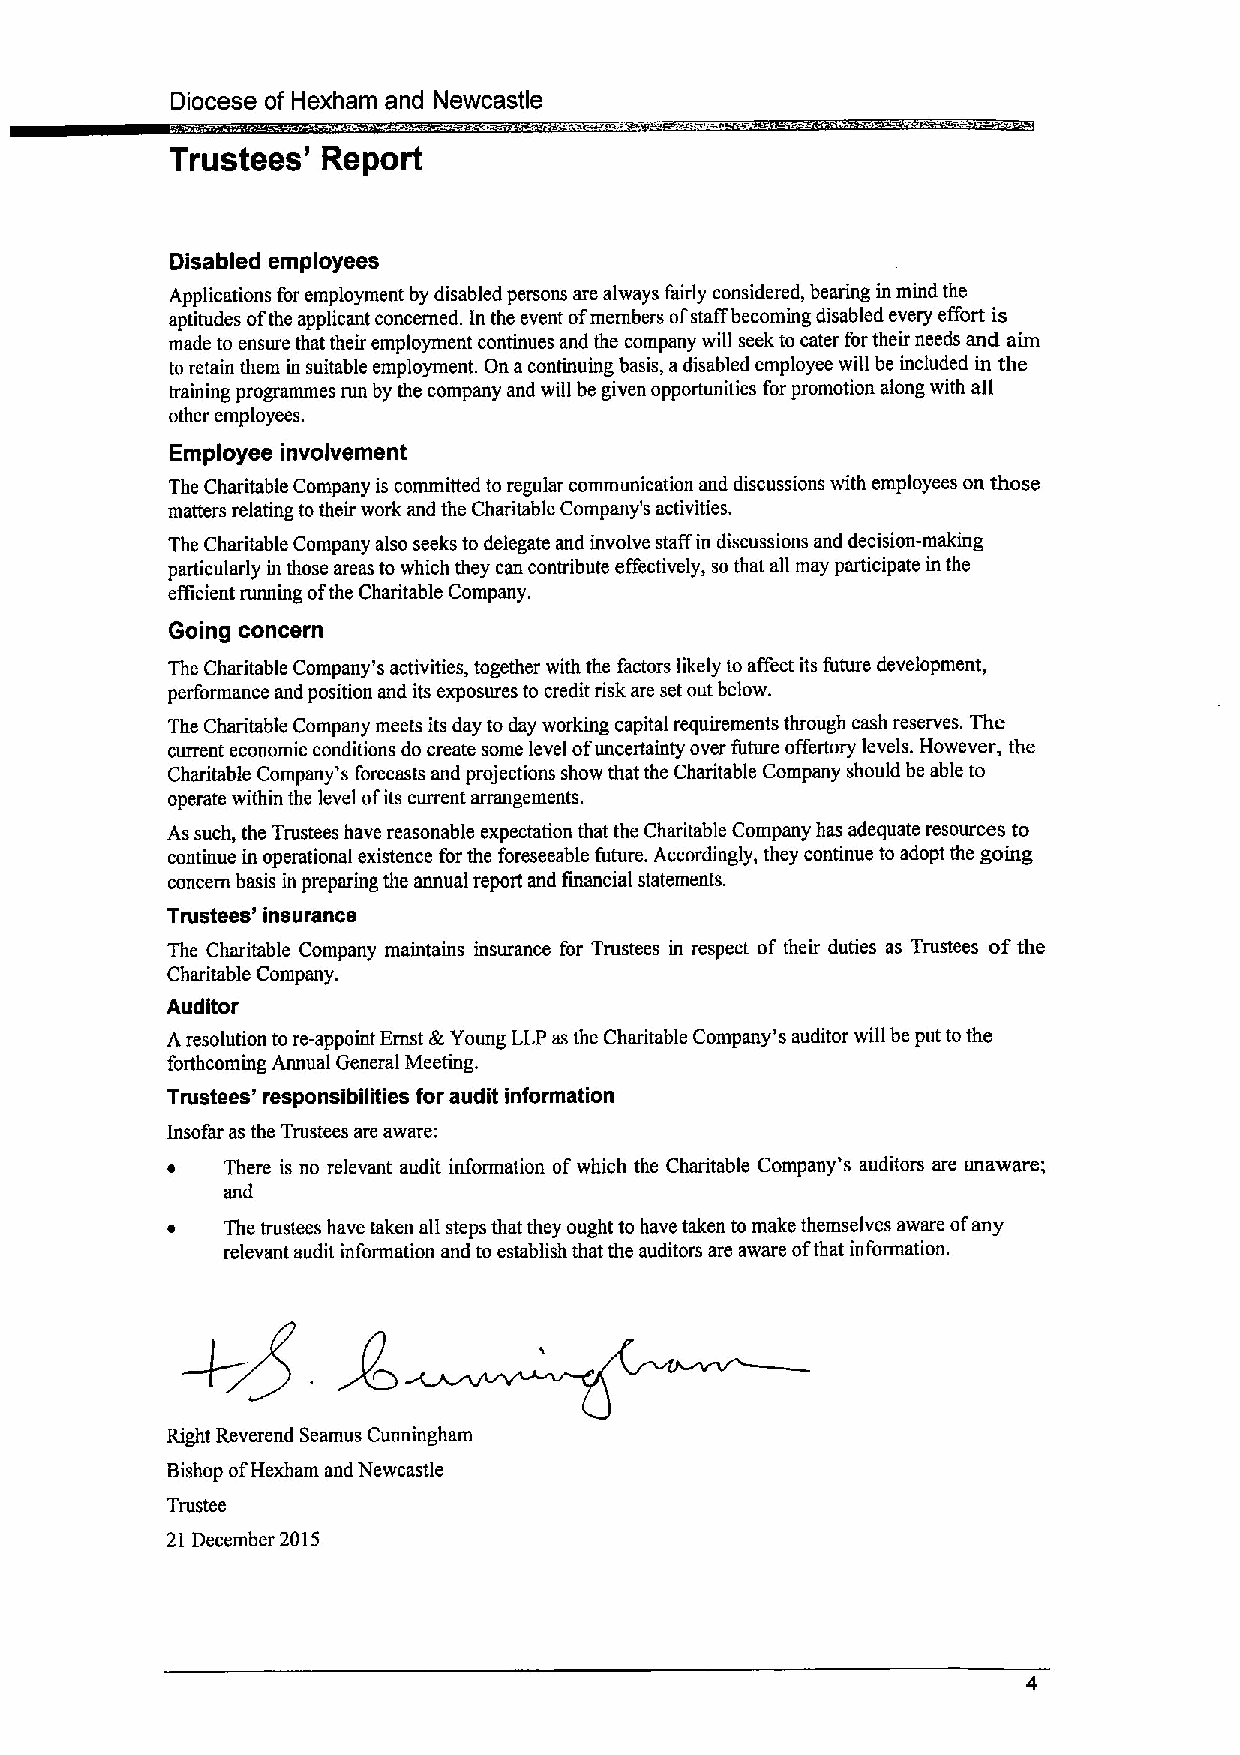
Diocese of Hexham and Newcastle
 Trustees' Report
 Disabled employees
 Applications for employment by disabled persons are always fairly considered, bearing in mind the
 aptitudes ofthe applicant concerned. In the event ofmembers ofstaffbecoming disabled every effort is
 made to ensure that their employment continues and the company will seek to cater fortheir needs and aim
 to retain them in suitable employment. On acontinuing basis, adisabled employee will be included in the
 training programmes run by the company and will be given opportunities for promotion along with all
 other employees.
 Employee involvement
 The Charitable Company is committed to regular communication and discussions with employees on those
 matters relating totheir work and the Charitable Company's activities.
 The Charitable Company also seeks to delegate and involve staff in discussions and decision-making
 particularly in those areas to which they can contribute effectively, so that all may participate in the
 efficient running ofthe Charitable Company.
 Going concern
 The Charitable Company's activities, together with the factors likely to affect its future development,
 performance and position and its exposures to credit risk are set out below.
 The Charitable Company meets its day to day working capital requirements through cash reserves. The
 current economic conditions do create some level ofuncertainty over future offertory levels. However, the
 Charitable Company's forecasts and projections show that the Charitable Company should be able to
 operate within the level ofits current arrangements.
 As such, the Trustees have reasonable expectation that the Charitable Company has adequate resources to
 continue in operational existence for the foreseeable future. Accordingly, they continue to adopt the going
 concern basis in preparing the annual report and financial statements.
 Trustees' insurance
 The Charitable Company maintains insurance for Trustees in respect of their duties as Trustees ofthe
 Charitable Company.
 Auditor
 Aresolution tore-appoint Emst &Young LLP asthe Charitable Company's auditor will be put tothe
 forthcoming Annual General Meeting.
 Trustees' responsibilities for audit information
 Insofar as the Trustees are aware;
 There is no relevant audit information ofwhich the Charitable Company's auditors are unaware;
 and
 The trustees have taken all steps that they ought to have taken to make themselves aware ofany
 relevant audit information and to establish that the auditors are aware ofthat information.
 Right Reverend Seamus Cunningham
 Bishop ofHexham and Newcastle
 Trustee
 21 December 2015